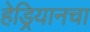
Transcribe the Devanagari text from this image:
हेड्रियानचा